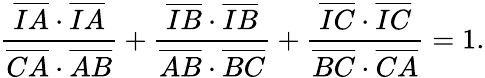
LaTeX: {\frac{{\overline{{IA}}}\cdot{\overline{{IA}}}}{{\overline{{CA}}}\cdot{\overline{{AB}}}}}+{\frac{{\overline{{IB}}}\cdot{\overline{{IB}}}}{{\overline{{AB}}}\cdot{\overline{{BC}}}}}+{\frac{{\overline{{IC}}}\cdot{\overline{{IC}}}}{{\overline{{BC}}}\cdot{\overline{{CA}}}}}=1.